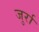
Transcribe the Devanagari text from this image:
जुर्रा